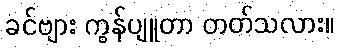
ခင်ဗျား ကွန်ပျူတာ တတ်သလား။